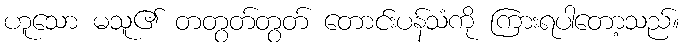
ဟူသော မသူ၏ တတွတ်တွတ် တောင်းပန်သံကို ကြားရပါတော့သည်။